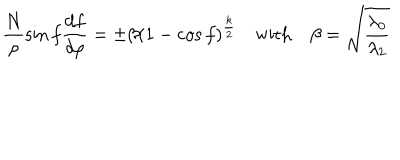
LaTeX: \frac { N } { \rho } \sin f \frac { d f } { d \rho } = \pm \beta ( 1 - \cos f ) ^ { \frac { k } { 2 } } \quad \mathrm { w i t h } \quad \beta = \sqrt { \frac { \lambda _ { 0 } } { \lambda _ { 2 } } }